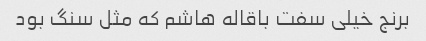
برنج خیلی سفت باقاله هاشم که مثل سنگ بود